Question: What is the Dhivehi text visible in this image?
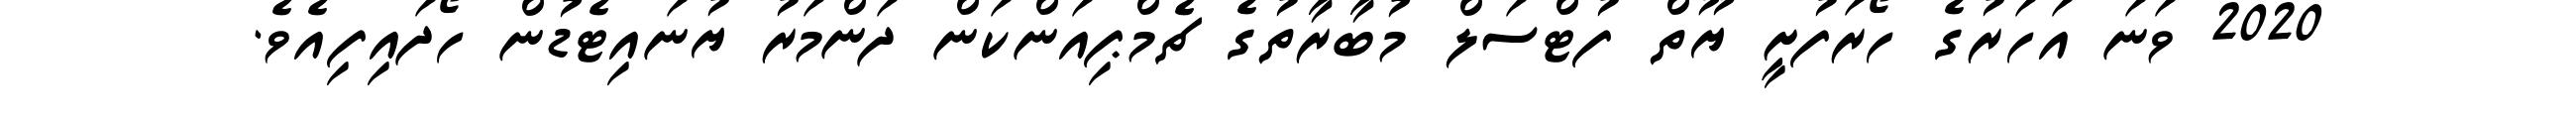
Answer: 2020 ވަނަ އަހަރުގެ ހޯރަފުށީ ޔޫތް ފުޓްސަލް މުބާރާތުގެ ޗެމްޕިއަންކަން ދަންމަރު ޔުނައިޓެޑުން ހޯދައިފިއެވެ.